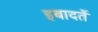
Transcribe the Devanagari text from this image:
इबादतें